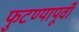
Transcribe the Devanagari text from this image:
फुटण्यापूर्वी